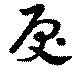
戻